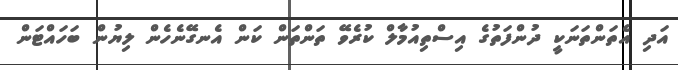
އަދި އެތަންތަނަކީ ދުންފަތުގެ އިސްތިއުމާލް ކުރެވޭ ތަންތަން ކަން އެނގޭނެހެން ލިޔުން ބަހައްޓަން